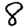
Digit: 8